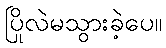
ပြိုလဲမသွားခဲ့ပေ။